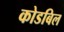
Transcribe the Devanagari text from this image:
कोडबिल